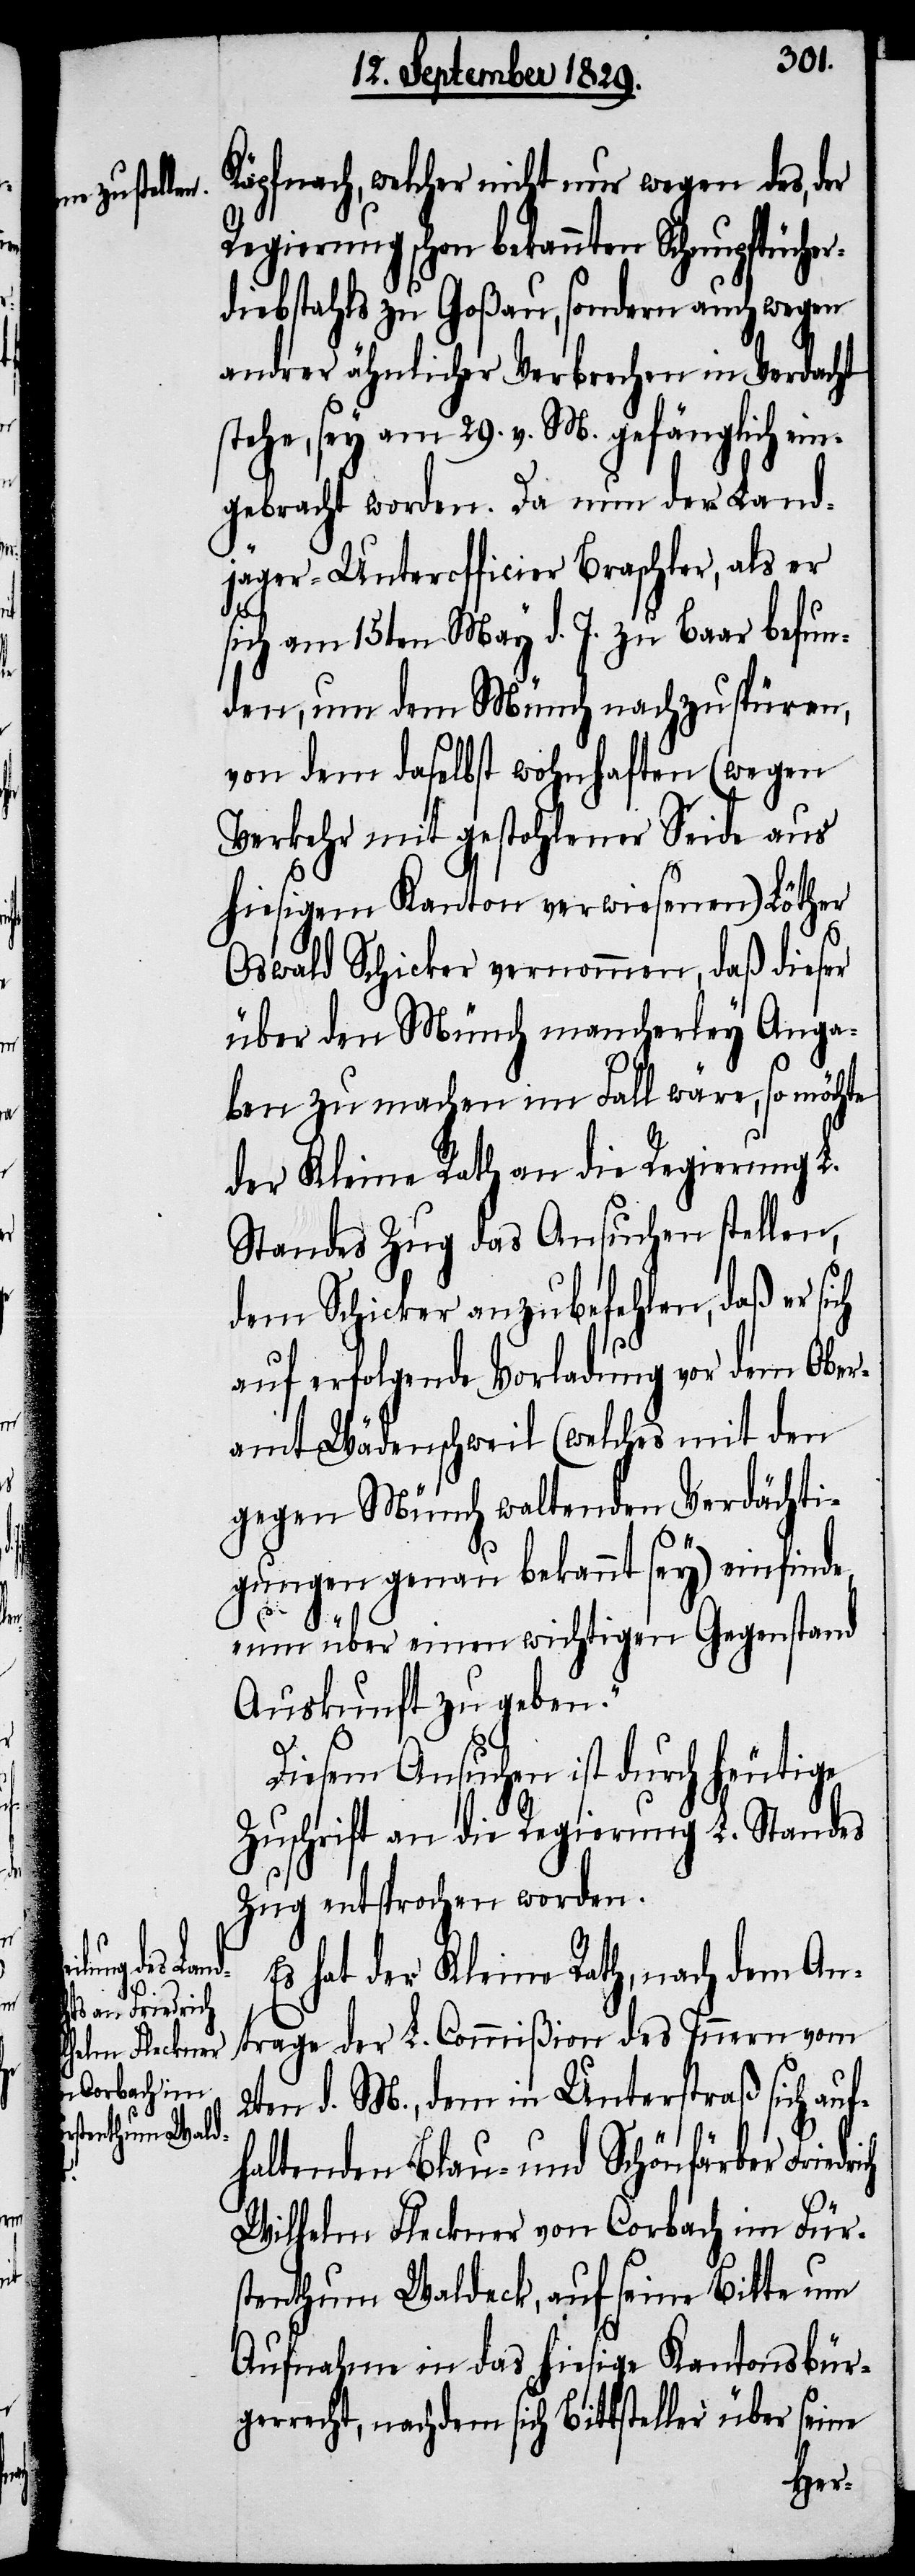
drich
ch

Käpfnach, welcher nicht nur wegen des, der
Regierung schon bekannten Schnupftücher¬
diebstahls zu Goßau, sondern auch wegen
andrer ähnlicher Verbrechen in Verdacht
stehe, sey am 29. v. M. gefänglich ein¬
gebracht worden. Da nun der Land¬
jäger-Unterofficier Braschler, als er
sich am 15ten May d. J. zu Baar befun¬
den, um dem Münch nachzuspüren,
von dem daselbst wohnhaften (wegen
Verkehr mit gestohlener Seide aus
hiesigem Kanton verwiesenen) Löther
Oswald Schicker vernommen, daß dieser
über den Münch mancherley Anga¬
ben zu machen im Fall wäre, so möchte
der Kleine Rath an die Regierung L.
Standes Zug das Ansuchen stellen,
dem Schicker anzubefehlen, daß er si¬
auf erfolgende Vorladung vor dem Ober¬
amt Wädenschweil (welches mit den
gegen Münch waltenden Verdächti¬
gungen genau bekannt sey) einfinde
„um über einen wichtigen Gegenstand
Auskunft zu geben.“
Diesem Ansuchen ist durch heutige
Zuschrift an die Regierung L. Standes
Zug entsprochen worden.
Es hat der Kleine Rath, nach dem An¬
trage der L. Commißion des Innern vom
2ten d. M., dem in Unterstraß sich auf¬
haltenden Blau- und Schönfärber Frie¬
Wilhelm Fleckner von Corbach im Für¬
stenthum Waldeck, auf seine Bitte um
Aufnahme in das hiesige Kantonsbür¬
gerrecht, nachdem sich Bittsteller über seine